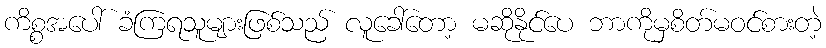
ကိစ္စအပေါ် ခံကြရသူများဖြစ်သည် လူခေါ်တော့ မဆိုနိုင်ပေ ဘာကိုမှစိတ်မဝင်စားတဲ့